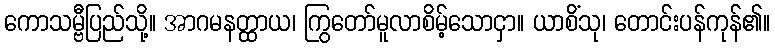
ကောသမ္ဗီပြည်သို့။ အာဂမနတ္ထာယ၊ ကြွတော်မူလာစိမ့်သောငှာ။ ယာစိံသု၊ တောင်းပန်ကုန်၏။